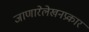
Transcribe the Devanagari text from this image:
जाणारेलेखनप्रकार